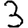
Digit: 3